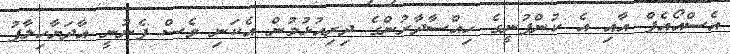
އެސްއޯއެފް އާއި އެ ކުންފުނީގެ ހިއްސާދާރުންގެ ދިރިއުޅުމުން އެކަނި ވެސް ފެނުނީ އާދަޔާހިލާފު